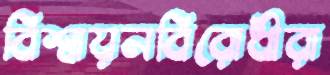
বিশ্বায়নবিরোধীরা